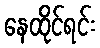
နေထိုင်ရင်း